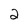
Character: 2